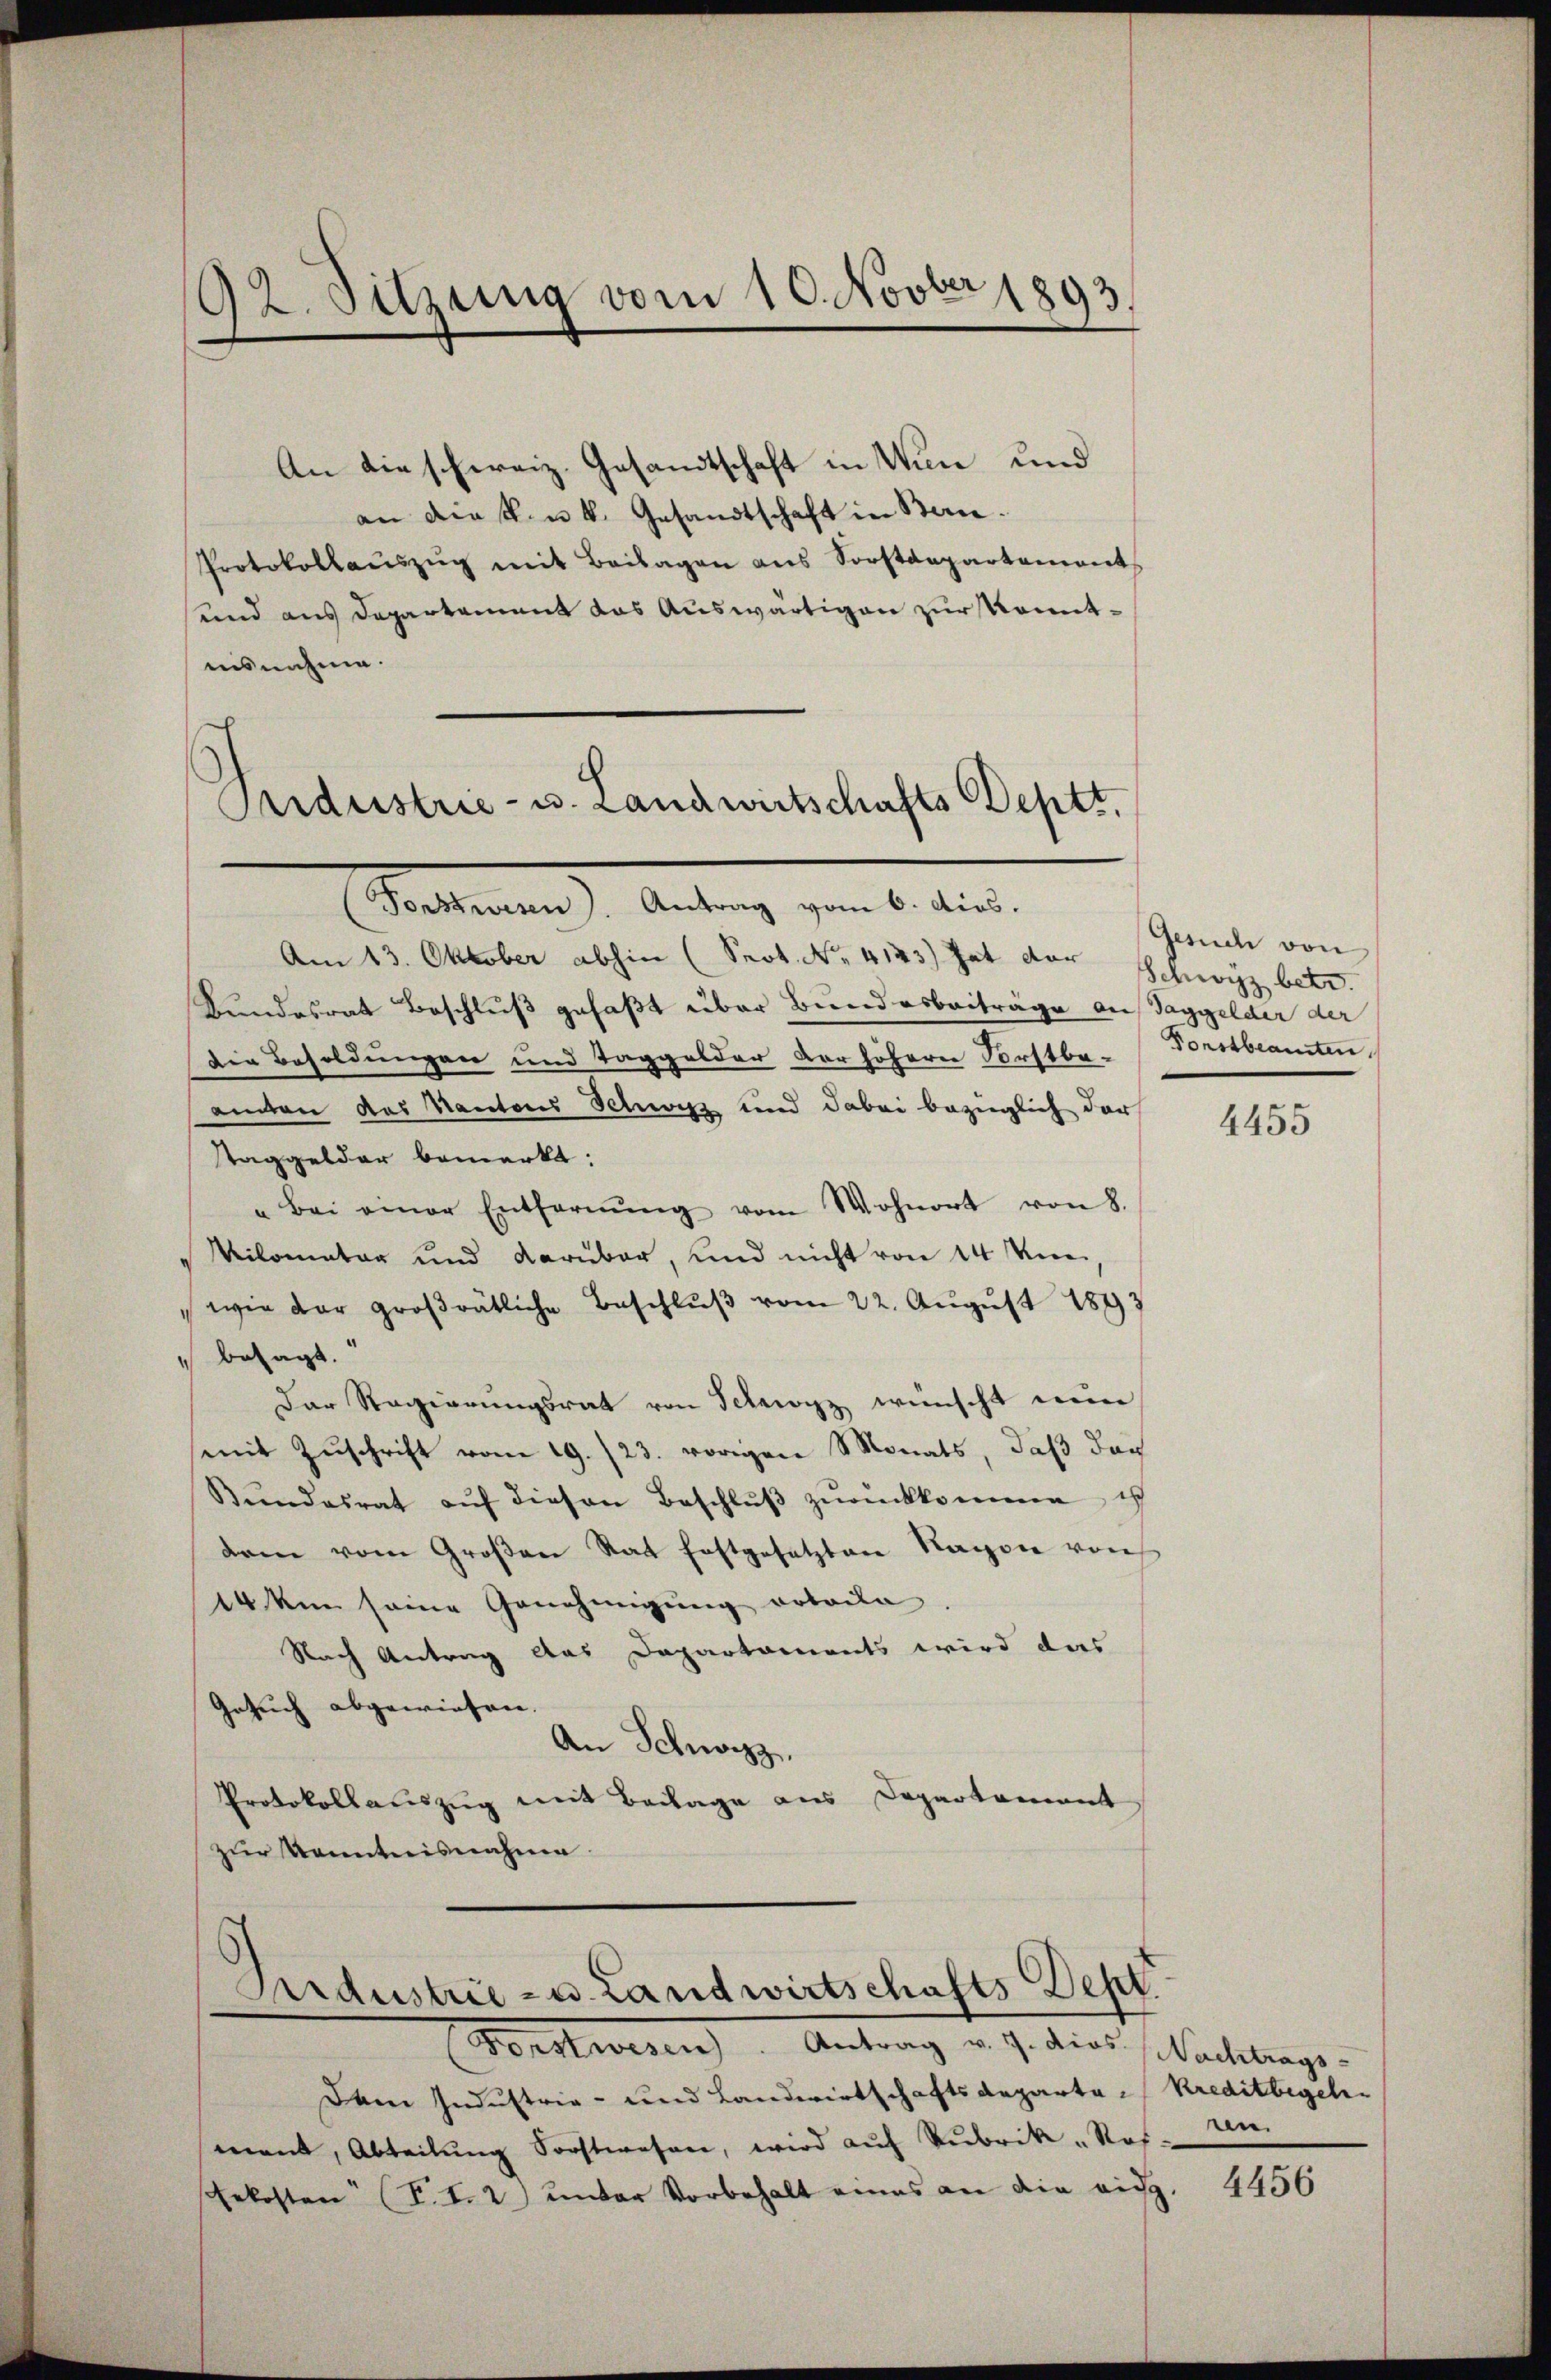
92. Sitzung vom 10. Novber 1893.

An die schweiz. Gesandtschaft in Wun und
an diesen k. Gesandtschaft in Bern.
Protokollaŭszŭg mit Beilagen ans Sorstdepartament
und aus Departement das Auswärtigen zur Komitisnahme.

Puderstrie- u. Landwirtschafts Deptt.
Forstwesen. Antrag vom 6. dies.

Am 13. Oktober abhin (Prot. No. 4123) hat der Schwyz betr.
Bundesrat Beschluß gefaßt über Bundesbeiträge auf Taggelder der
Die Besoldungen und Taggelder der höhere Forstbe-
amten das Kantons Schwyz und dabei bezüglich der
taggelder bemerkt:
"bei einer Entfernŭng vom Wohnort von 8.
Vilometer und darüber, und nicht von 14 Knei,
wie der groβrätliche Beschlŭβ vom 22. Aŭgŭst 1897
" besagt.
Dar Regierungsrat von Schwyz wünscht mein
mit Zŭschrift vom 19. /23. vorigen Monats, daß das
Bŭndesrat aŭf diesen Beschlŭβ zŭrückkomme ist
dem vom Großen Rat festgesetzten Rayon von
14 knn seine Genehmigung retaila
Nach Antrag das Departaments wird das
Gesuch abgewiesen.
An Schwyz,
Protokollauszug mit Beilage aus Departement
zur Kenntnisnahme

Ardustrie- u. Landwirtschafts Dept.
Forstwesen. Antrag v. J. dies Nachtrags-

Dem Industrie- und Landwirtschaftsdeparta-Kreditbegehmant, Abteilŭng Sorstwesen, wird aŭf Rubrik „Nof.
sekosten (T.12) unter Vorbehalt eines an die rich,

Gesuch von
Forstbeamten

4455

ren

4456